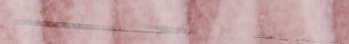
تأجير الدراجات الهوائية ل